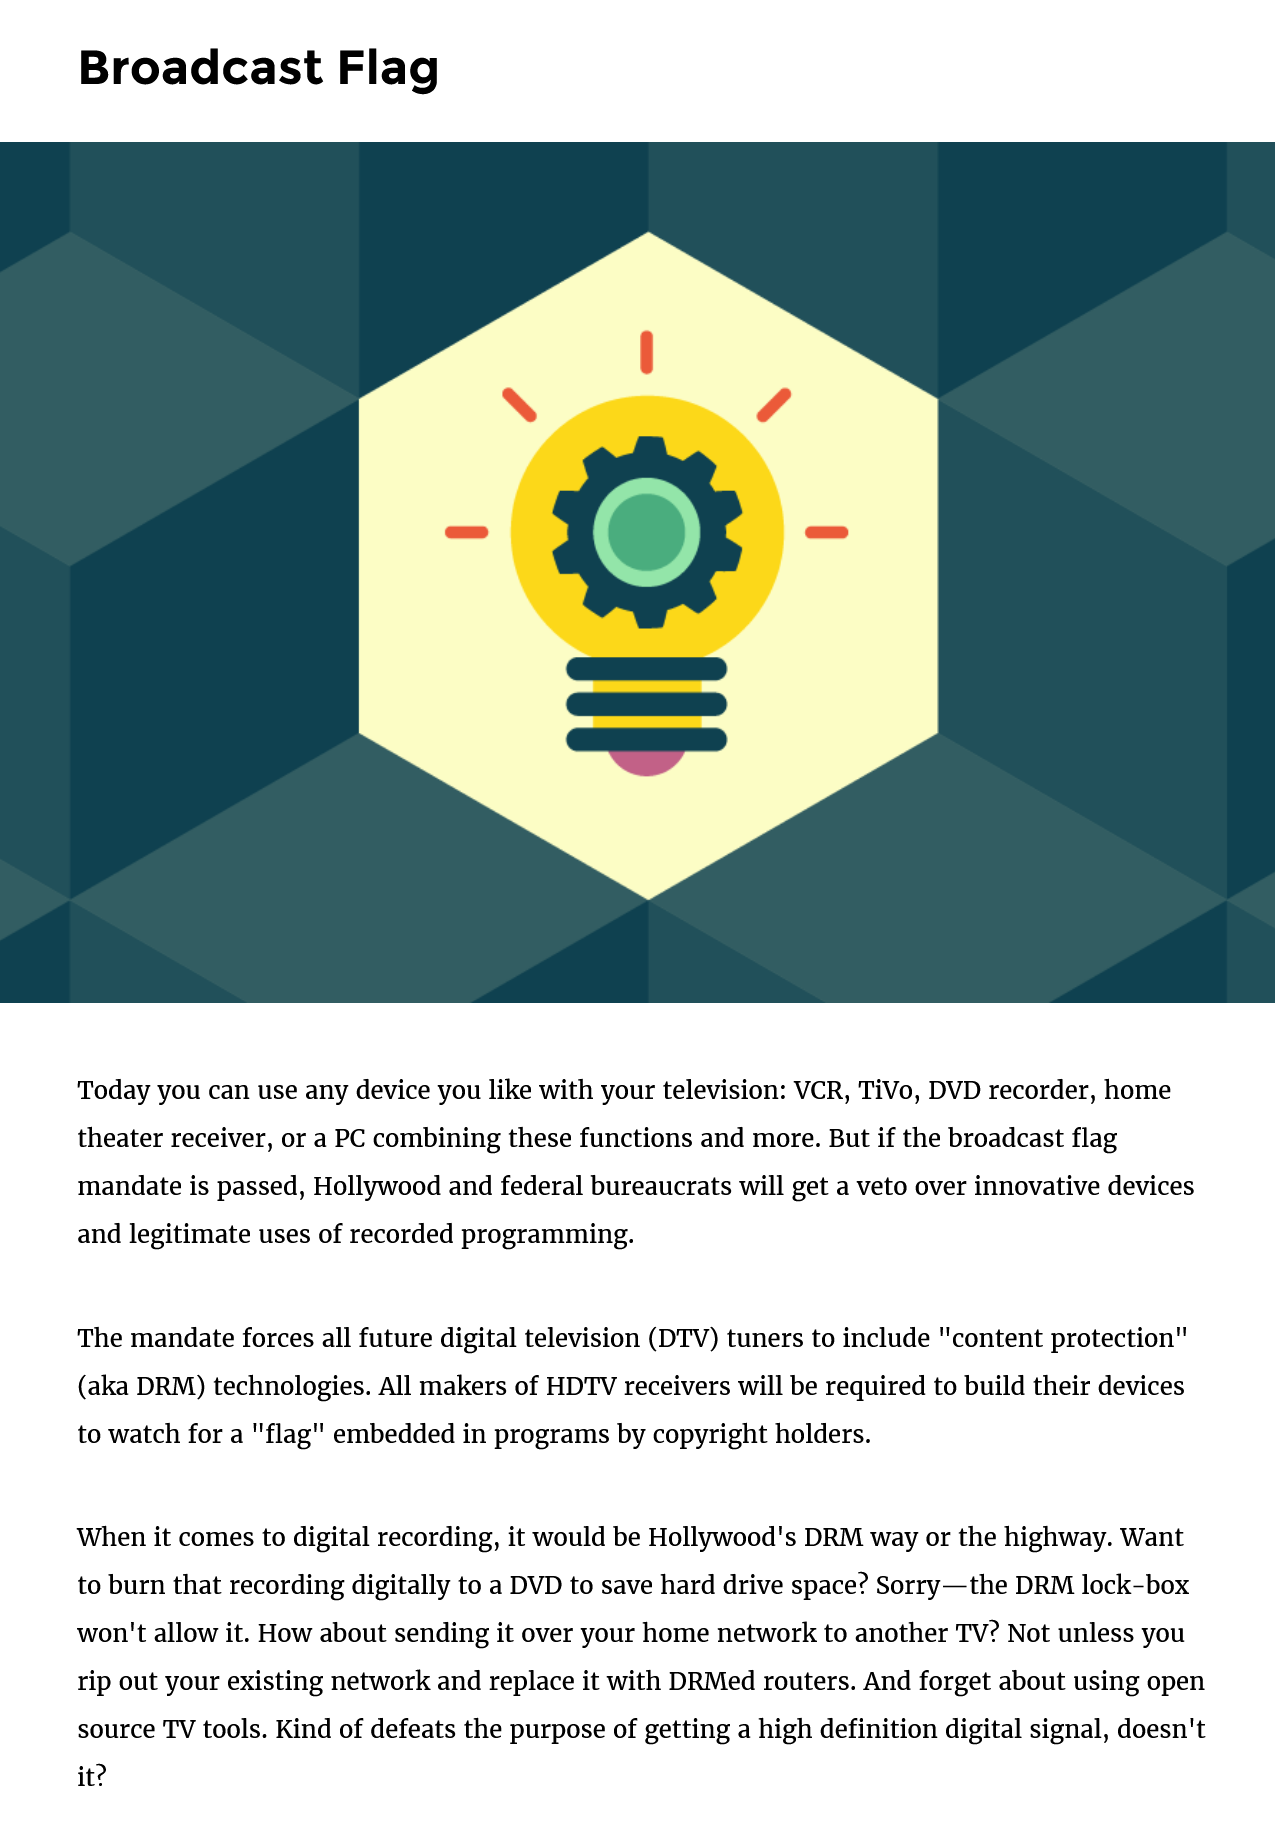
Broadcast    Flag

     Today you can use any device you like with your television: VCR, TiVo, DVD recorder, home
     theater receiver, or a PC combining these functions and more. But if the broadcast flag
     mandate is passed, Hollywood and federal bureaucrats will get a veto over innovative devices
     and legitimate uses of recorded programming.
     The mandate forces all future digital television (DTV) tuners to include "content protection"
     (aka DRM) technologies. All makers of HDTV receivers will be required to build their devices
     to watch for a "flag" embedded in programs by copyright holders.
     When it comes to digital recording, it would be Hollywood's DRM way or the highway. Want
     to burn that recording digitally to a DVD to save hard drive space? Sorry—the DRM lock-box
     won't allow it. How about sending it over your home network to another TV? Not unless you
     rip out your existing network and replace it with DRMed routers. And forget about using open
     source TV tools. Kind of defeats the purpose of getting a high definition digital signal, doesn't